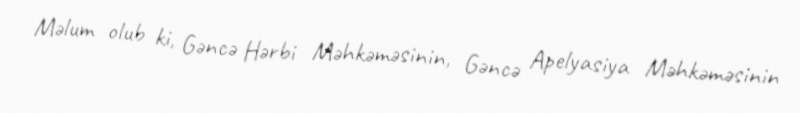
Məlum olub ki, Gəncə Hərbi Məhkəməsinin, Gəncə Apelyasiya Məhkəməsinin